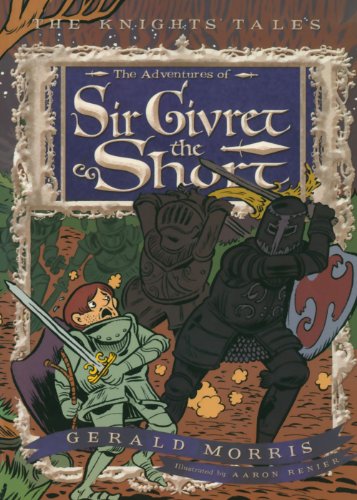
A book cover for The Adventures of Sir Givret the Short (The KnightsEE Tales Series); Gerald Morris; Children's Books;